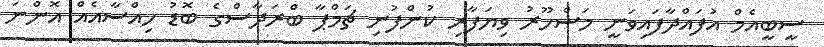
ސީބީއެމް އުފައްދާފައިވަނީ މަޝްހޫރު ވިޔަފާރި ކުންފުނި ޗަމްޕާ ބްރަދާސްގެ ބޮޑު ހިއްސާއެއް އޮންނަ